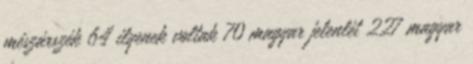
mészárszék 64 ilyenek voltak 70 magyar jelenlét 227 magyar